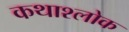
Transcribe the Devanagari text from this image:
कथाश्लोक